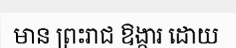
មាន ព្រះរាជ ឱង្ការ ដោយ